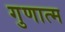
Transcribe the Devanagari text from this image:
गुणात्म